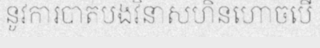
នូវការបាត់បង់វិនាសហិនហោចបើ